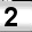
Digit: 2